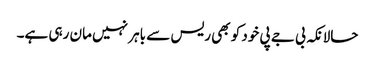
حالانکہ بی جے پی خود کو بھی ریس سے باہر نہیں مان رہی ہے۔